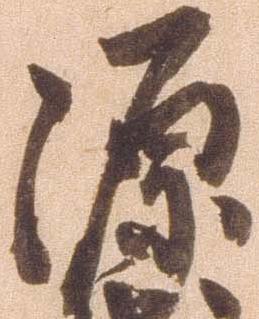
源